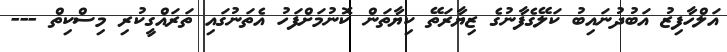
އަލްހާފިޒު އަބުދުނައިބު ކަލޭގެފާނުގެ ޒިޔާރަތޭ ކިޔާތަން ކޮނުމަށްފަހު އެތަނުގައި ތަރައްގީކުރި މިސްކިތް ---